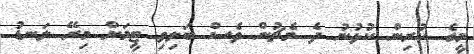
މީގެ ކުރިން ކުޅުނު ދެ މެޗުން ވެސް ބަލިވި ޓީމަށް މިރޭ ލަނޑު